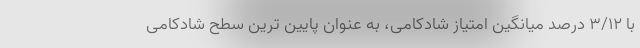
با ۳/۱۲ درصد میانگین امتیاز شادکامی، به عنوان پایین ترین سطح شادکامی